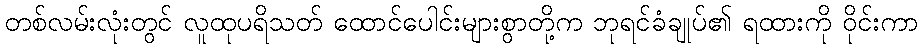
တစ်လမ်းလုံးတွင် လူထုပရိသတ် ထောင်ပေါင်းများစွာတို့က ဘုရင်ခံချုပ်၏ ရထားကို ဝိုင်းကာ